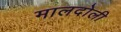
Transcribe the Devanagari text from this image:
मालदोली